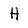
Character: H